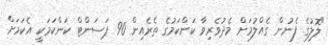
"ލޮލުގެ ފެނުން ގެއްލުމަށް މެދުވެރިވާ ކަންކަމުގެ ތެރެއިން 90 ޕަސަންޓް ކަންކަމަކީ އެކަމަށް